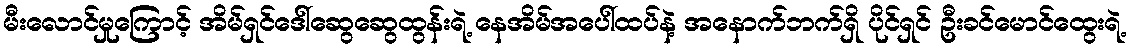
မီးလောင်မှုကြောင့် အိမ်ရှင်ဒေါ်ဆွေဆွေထွန်းရဲ့ နေအိမ်အပေါ်ထပ်နဲ့ အနောက်ဘက်ရှိ ပိုင်ရှင် ဦးခင်မောင်ထွေးရဲ့